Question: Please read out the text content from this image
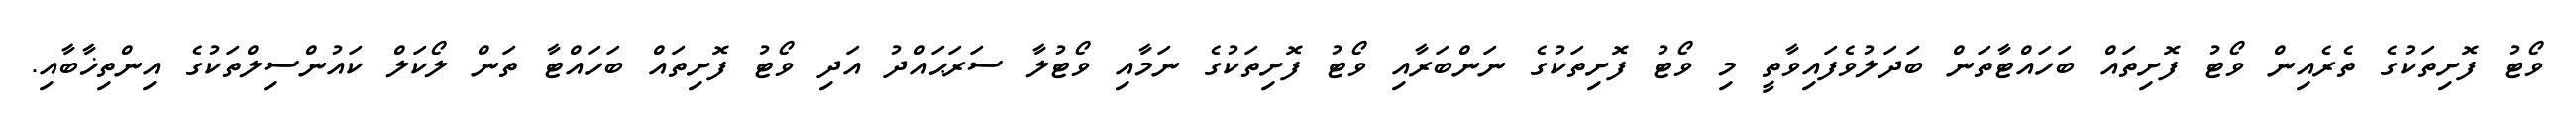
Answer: ވޯޓު ފޮށިތަކުގެ ތެރެއިން ވޯޓު ފޮށިތައް ބަހައްޓާތަން ބަދަލުވެފައިވާތީ މި ވޯޓު ފޮށިތަކުގެ ނަންބަރާއި ވޯޓު ފޮށިތަކުގެ ނަމާއި ވޯޓުލާ ސަރަޙައްދު އަދި ވޯޓު ފޮށިތައް ބަހައްޓާ ތަން ލޯކަލް ކައުންސިލްތަކުގެ އިންތިޚާބާއި.